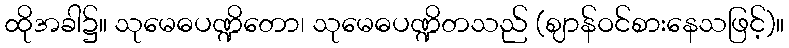
ထိုအခါ၌။ သုမေဓပဏ္ဍိတော၊ သုမေဓပဏ္ဍိတသည် (ဈာန်ဝင်စားနေသဖြင့်)။